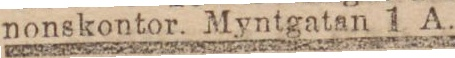
nonskontor. Myntgatan 1 A.